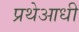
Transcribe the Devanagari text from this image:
प्रथेआधी